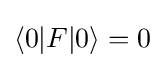
\langle 0|F|0\rangle =0